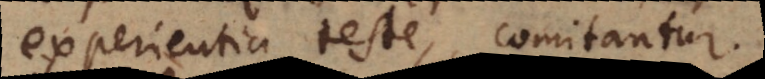
experientia teste, comitantur.